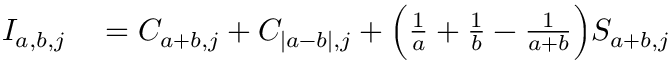
\begin{array} { r l } { I _ { a , b , j } } & { { } = C _ { a + b , j } + C _ { | a - b | , j } + \Bigl ( \frac { 1 } { a } + \frac { 1 } { b } - \frac { 1 } { a + b } \Bigr ) S _ { a + b , j } } \end{array}